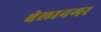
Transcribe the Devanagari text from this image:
बेलानगर